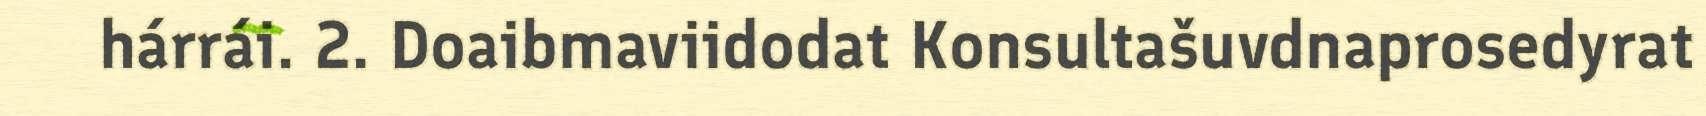
hárrái. 2. Doaibmaviidodat Konsultašuvdnaprosedyrat